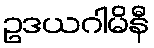
ဥဒယဂါမိနီ